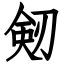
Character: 剱